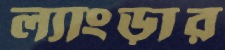
ল্যাংড়ার